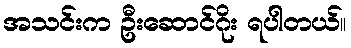
အသင်းက ဦးဆောင်ဂိုး ရပါတယ်။